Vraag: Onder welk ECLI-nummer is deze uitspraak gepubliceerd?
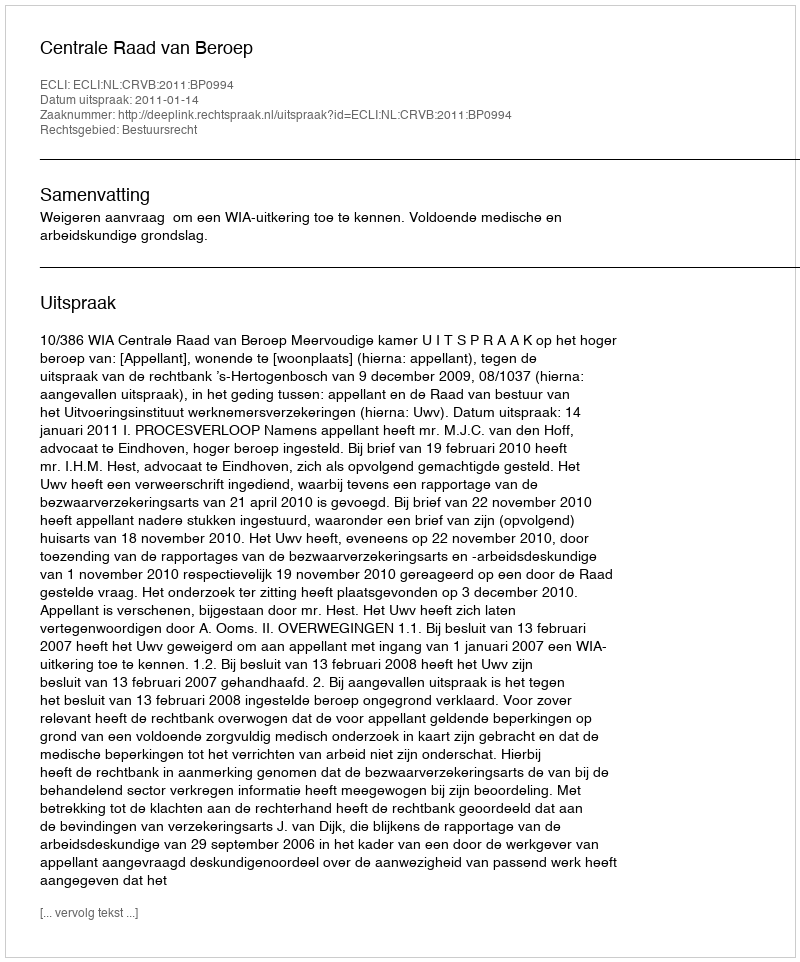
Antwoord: ECLI:NL:CRVB:2011:BP0994